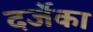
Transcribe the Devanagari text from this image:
दर्जेका